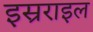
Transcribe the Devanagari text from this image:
इस्रराइल